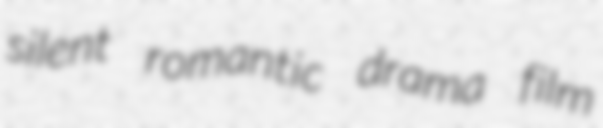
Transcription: silent romantic drama film